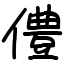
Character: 僼